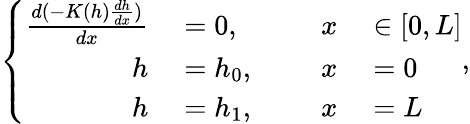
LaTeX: \left\{ \begin{array}{rlrl}{\frac{d(-K(h)\frac{dh}{dx})}{dx}}&{{}=0,\qquad}&{x}&{{}\in[0,L]}\\ {h}&{{}=h_{0},}&{x}&{{}=0}\\ {h}&{{}=h_{1},}&{x}&{{}=L}\end{array}\right.,